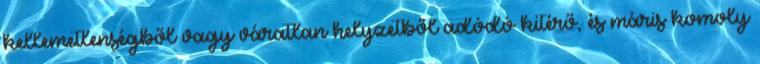
kellemetlenségből vagy váratlan helyzetből adódó kitérő, és máris komoly